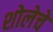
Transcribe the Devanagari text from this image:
शोलेचे